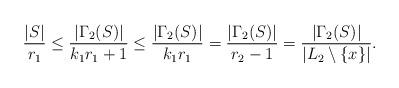
LaTeX: \begin{align*}\frac{|S|}{r_{1}}\le \frac{|\Gamma_2(S)|}{k_1r_1+1}\le \frac{|\Gamma_2(S)|}{k_1r_1}=\frac{|\Gamma_2(S)|}{r_{2}-1}=\frac{|\Gamma_2(S)|}{|L_2\setminus \{x\}|}.\end{align*}